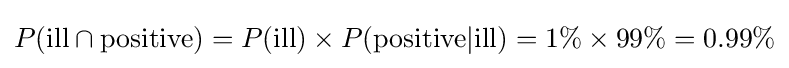
P({\text{ill}}\cap {\text{positive}})=P({\text{ill}})\times P({\text{positive}}|{\text{ill}})=1\%\times 99\%=0.99\%